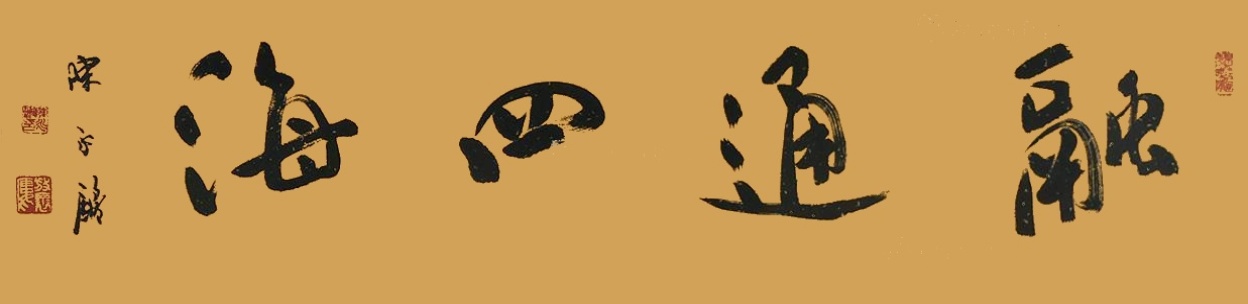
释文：融通四海陈永锵